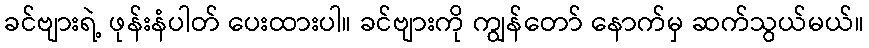
ခင်ဗျားရဲ့ ဖုန်းနံပါတ် ပေးထားပါ။ ခင်ဗျားကို ကျွန်တော် နောက်မှ ဆက်သွယ်မယ်။